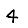
Digit: 4